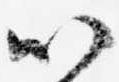
以